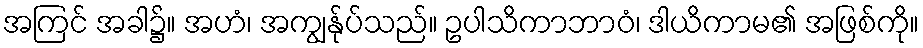
အကြင် အခါ၌။ အဟံ၊ အကျွန်ုပ်သည်။ ဥပါသိကာဘာဝံ၊ ဒါယိကာမ၏ အဖြစ်ကို။